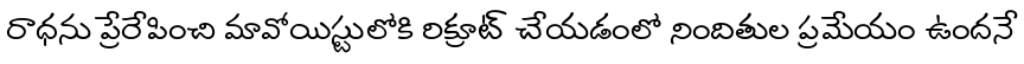
రాధను ప్రేరేపించి మావోయిస్టులోకి రిక్రూట్ చేయడంలో నిందితుల ప్రమేయం ఉందనే